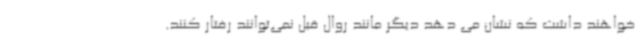
خواهند داشت که نشان می دهد دیگر مانند روال قبل نمی‌توانند رفتار کنند.